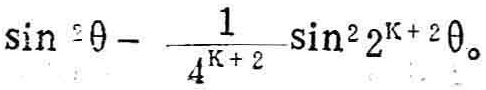
\(\sin^{2}\theta-\frac{1}{4^{K + 2}}\sin^{2}2^{K + 2}\theta\)